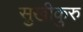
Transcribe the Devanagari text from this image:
सुखीकुरु